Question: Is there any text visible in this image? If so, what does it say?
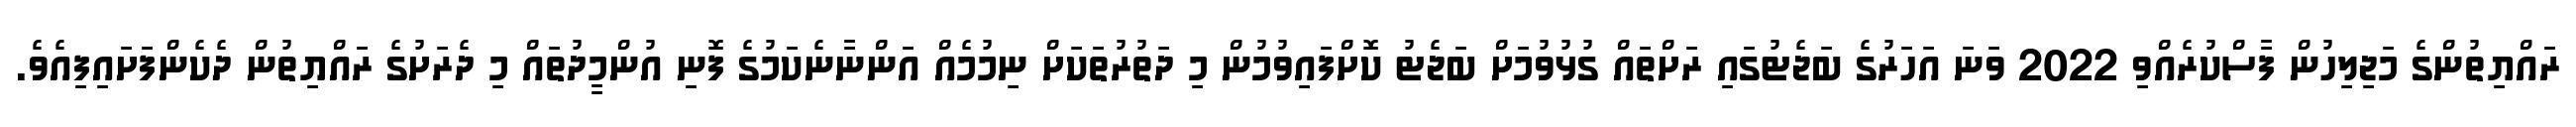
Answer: ރައްޔިތުންގެ މަޖިލިހުން ފާސްކުރެއްވި 2022 ވަނަ އަހަރުގެ ބަޖެޓުގައި ރަށްތައް ގުޅުވުމަށް ބަޖެޓު ކޮށްފައިވުމުން މި ދަތުރުތަކަށް ނިމުމެއް އަންނާނެކަމުގެ ފޮނި އުންމީދުތައް މި ދެރަށުގެ ރައްޔިތުން ދެކެންފަށައިފިއެވެ.